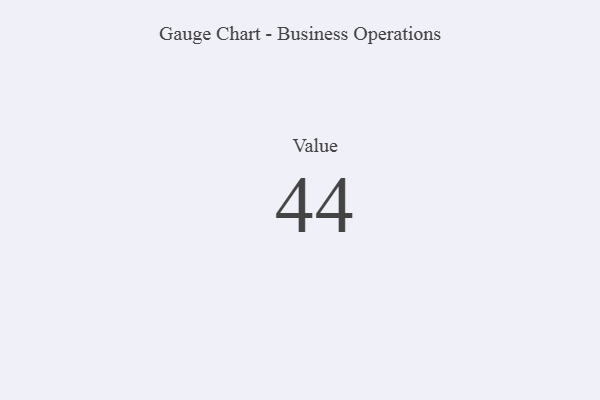
{"axis": {"x": "Metric", "y": "Value"}, "legend": [""], "data": [{"x": "Value", "y": 44, "type": ""}]}